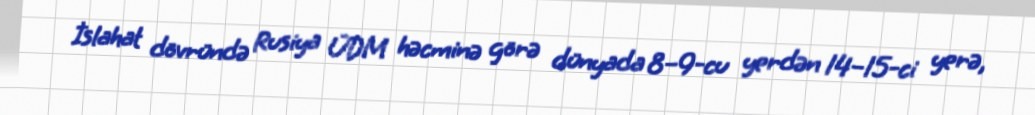
İslahat dövründə Rusiya ÜDM həcminə görə dünyada 8–9-cu yerdən 14–15-ci yerə,